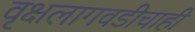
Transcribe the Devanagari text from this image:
वृक्षलागवडीचाही